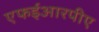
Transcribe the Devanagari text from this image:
एफईआरपीए